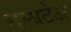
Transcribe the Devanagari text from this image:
गलाटेअ